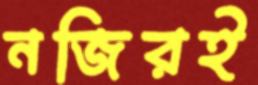
নজিরই